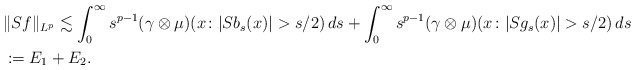
\begin{align*} &\|Sf\|_{L^p}\lesssim\int_0^{\infty}s^{p-1}(\gamma\otimes \mu)(x\colon |Sb_{s}(x)|>s/2)\,ds+\int_0^{\infty}s^{p-1}(\gamma\otimes \mu)(x\colon |Sg_{s}(x)|>s/2)\,ds\\&:= E_1+E_2.\end{align*}